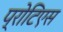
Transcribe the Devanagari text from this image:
प्रोटिएस